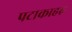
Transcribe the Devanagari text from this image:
पटाकाहरु